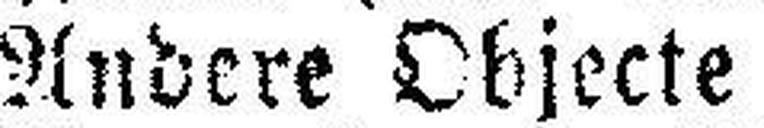
Andere Objecte